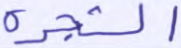
والشجرة